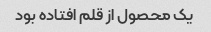
یک محصول از قلم افتاده بود